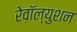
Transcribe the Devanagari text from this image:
रेव़ाॅल्युशन